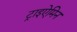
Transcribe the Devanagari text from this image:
ट्राइऐमिन